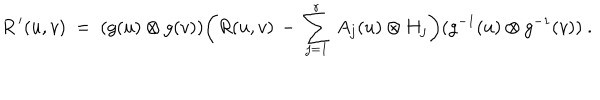
LaTeX: R ^ { \, \prime } ( u , v ) ~ = ~ ( g ( u ) \otimes g ( v ) ) \biggl ( R ( u , v ) \, - \, \sum _ { j = 1 } ^ { r } \, A _ { j } ( u ) \otimes H _ { j } \biggr ) ( g ^ { - 1 } ( u ) \otimes g ^ { - 1 } ( v ) ) ~ .